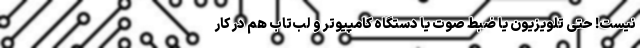
نیست! حتی تلویزیون یا ضبط صوت یا دستگاه کامپیوتر و لب‌تاب هم در کار